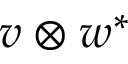
v \otimes w ^ { * }